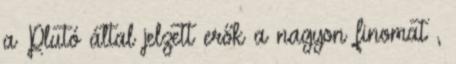
a Plutó által jelzett erők a nagyon finomat ,